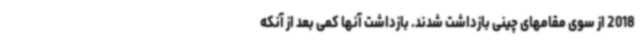
2018 از سوی مقامهای چینی بازداشت شدند. بازداشت آنها کمی بعد از آنکه